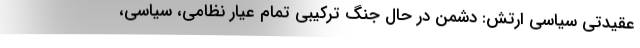
عقیدتی سیاسی ارتش: دشمن در حال جنگ ترکیبی تمام عیار نظامی، سیاسی،